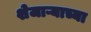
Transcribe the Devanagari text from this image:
शेजाऱ्याच्या